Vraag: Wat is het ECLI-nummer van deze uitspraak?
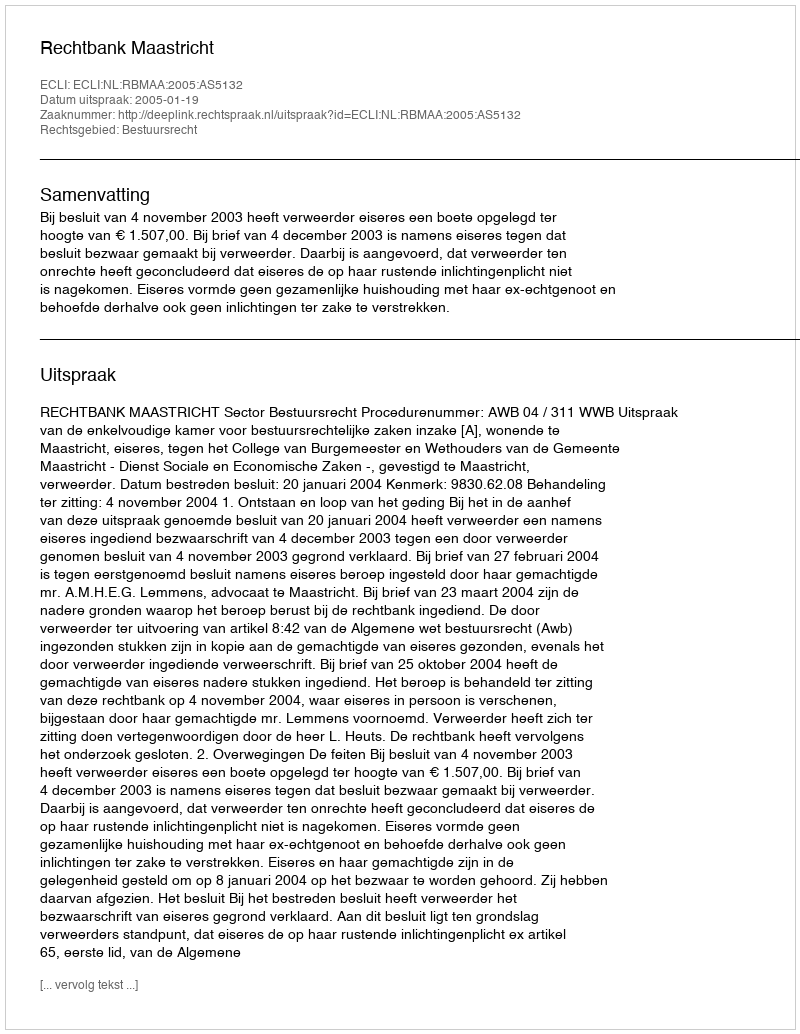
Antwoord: ECLI:NL:RBMAA:2005:AS5132